Reports on dispensaries and lunatic asylums in the Province of Oudh - 1869-1876
Year: 1869
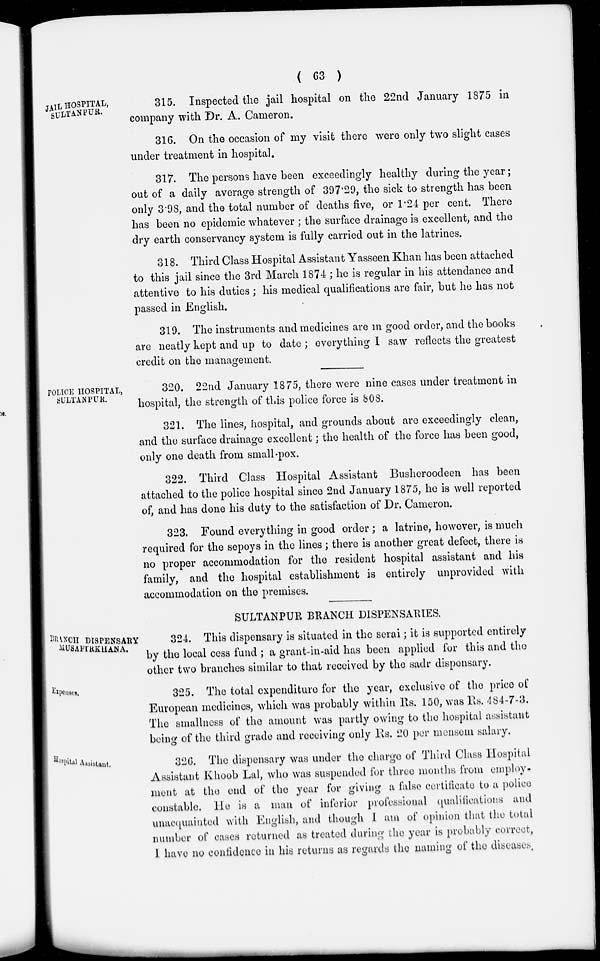
( 63 )
JAIL HOSPITAL,
SULTANPUR.
315. Inspected the jail hospital on the 22nd January 1875 in
company with Dr. A. Cameron.
316. On the occasion of my visit there were only two slight cases
under treatment in hospital.
317. The persons have been exceedingly healthy during the year;
out of a daily average strength of 397.29, the sick to strength has been
only 3.98, and the total number of deaths five, or 1.24 per cent. There
has been no epidemic whatever ; the surface drainage is excellent, and the
dry earth conservancy system is fully carried out in the latrines.
318. Third Class Hospital Assistant Yasseen Khan has been attached
to this jail since the 3rd March 1874 ; he is regular in his attendance and
attentive to his duties; his medical qualifications are fair, but he has not
passed in English.
319. The instruments and medicines are in good order, and the books
are neatly kept and up to date ; everything I saw reflects the greatest
credit on the management.
POLICE HOSPITAL,
SULTANPUR.
320. 22nd January 1875, there were nine cases under treatment in
hospital, the strength of this police force is 808.
321. The lines, hospital, and grounds about are exceedingly clean,
and the surface drainage excellent; the health of the force has been good,
only one death from small-pox.
322. Third Class Hospital Assistant Busheroodeen has been
attached to the police hospital since 2nd January 1875, he is well reported
of, and has done his duty to the satisfaction of Dr. Cameron.
323. Found everything in good order ; a latrine, however, is much
required for the sepoys in the lines; there is another great defect, there is
no proper accommodation for the resident hospital assistant and his
family, and the hospital establishment is entirely unprovided with
accommodation on the premises.
SULTANPUR BRANCH DISPENSARIES.
BRANCH DISPENSARY
MUSAFIRKHANA.
324. This dispensary is situated in the serai; it is supported entirely
by the local cess fund ; a grant-in-aid has been applied for this and the
other two branches similar to that received by the sadr dispensary.
Expenses.
325. The total expenditure for the year, exclusive of the price of
European medicines, which was probably within Rs. 150, was Rs. 484-7-3.
The smallness of the amount was partly owing to the hospital assistant
being of the third grade and receiving only Rs. 20 per mensem salary.
Hospital Assistant.
326. The dispensary was under the charge of Third Class Hospital
Assistant Khoob Lal, who was suspended for three months from employ
ment at the end of the year for giving a false certificate to a police
constable, He is a man of inferior professional qualifications and
unacquainted with English, and though I am of opinion that the total
number of cases returned as treated during the year is probably correct,
I have no confidence in his returns as regards the naming of the diseases.